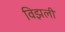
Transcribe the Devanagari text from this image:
विझली